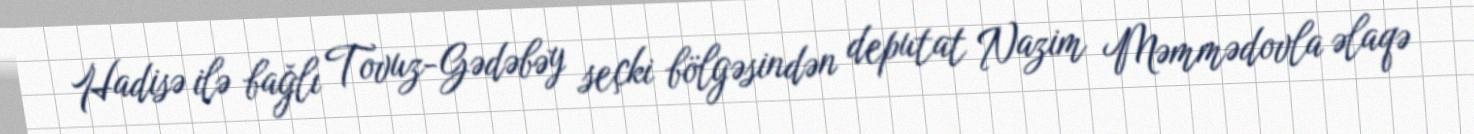
Hadisə ilə bağlı Tovuz-Gədəbəy seçki bölgəsindən deputat Nazim Məmmədovla əlaqə